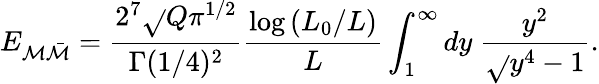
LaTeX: E_{\mathcal{M}\bar{{\mathcal{M}}}}={\frac{{2^{7}\sqrt{}{{Q}}\pi^{1/2}}}{{\Gamma(1/4)^{2}}}}{\frac{{\log{(L_{0}/L)}}}{{L}}}\int_{1}^{\infty}dy\ {\frac{{y^{2}}}{{\sqrt{}{{y^{4}-1}}}}}.